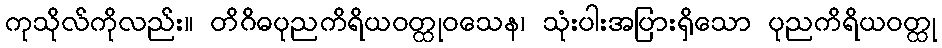
ကုသိုလ်ကိုလည်း။ တိဂိဓပုညကိရိယဝတ္ထုဝသေန၊ သုံးပါးအပြားရှိသော ပုညကိရိယဝတ္ထု